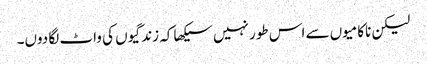
لیکن ناکامیوں سے اس طور نہیں سیکھا کہ زندگیوں کی واٹ لگا دوں۔